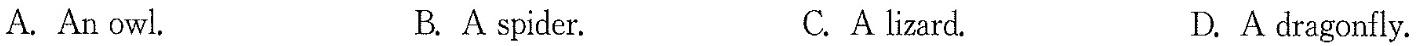
A.An owl. B.A spider. C.A lizard. D.A dragonfly.